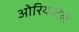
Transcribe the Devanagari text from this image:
ओरियन्टेल